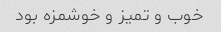
خوب و تمیز و خوشمزه بود